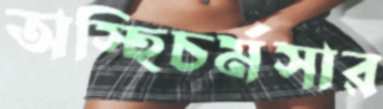
অস্হিচর্মসার